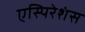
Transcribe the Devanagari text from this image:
एस्पिरेशंस